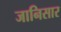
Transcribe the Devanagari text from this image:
जानिसार